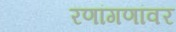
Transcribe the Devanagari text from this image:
रणांगणांवर